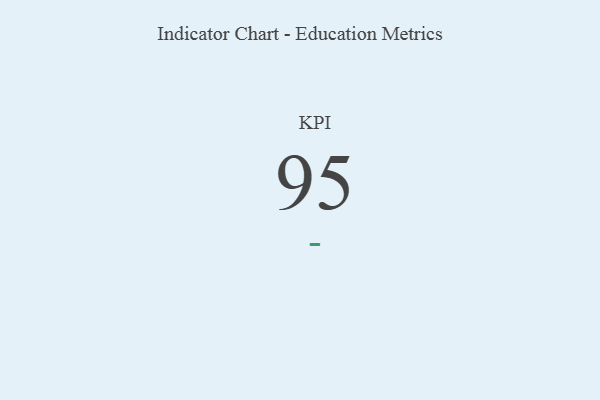
{"axis": {"x": "KPI", "y": "Value"}, "legend": [""], "data": [{"x": "KPI", "y": 95, "type": ""}]}